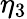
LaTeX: \eta_{3}